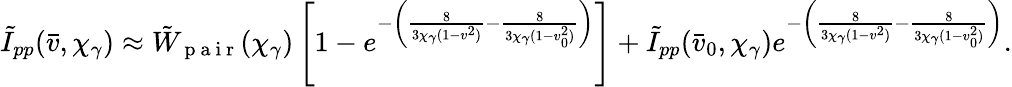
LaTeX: \tilde{I}_{pp}(\bar{v},\chi_{\gamma})\approx\tilde{W}_{\mathrm{~p~a~i~r~}}(\chi_{\gamma})\left[1-e^{-\left(\frac{8}{3\chi_{\gamma}(1-v^{2})}-\frac{8}{3\chi_{\gamma}(1-v_{0}^{2})}\right)}\right]+\tilde{I}_{pp}(\bar{v}_{0},\chi_{\gamma})e^{-\left(\frac{8}{3\chi_{\gamma}(1-v^{2})}-\frac{8}{3\chi_{\gamma}(1-v_{0}^{2})}\right)}.